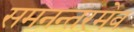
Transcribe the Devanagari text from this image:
समनन्तरमेव